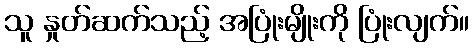
သူ နှုတ်ဆက်သည့် အပြုံးမျိုးကို ပြုံးလျက်။